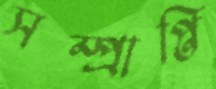
সম্প্রাপ্তি